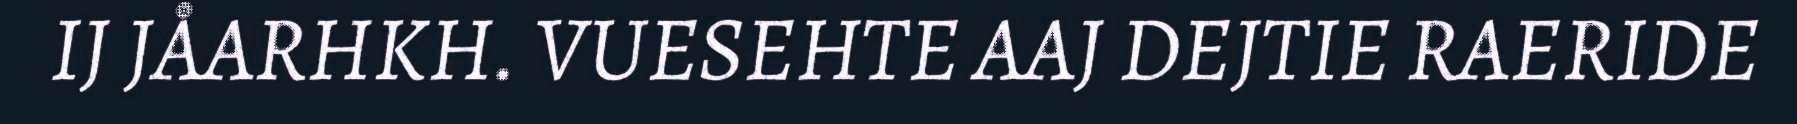
IJ JÅARHKH. VUESEHTE AAJ DEJTIE RAERIDE